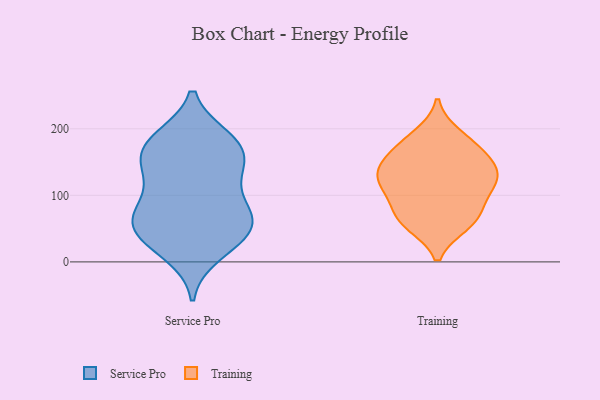
{"axis": {"x": "Temperature (°C)", "y": "Value"}, "legend": ["Service Pro", "Training"], "data": [{"x": "", "y": 168, "type": "Service Pro"}, {"x": "", "y": 125, "type": "Service Pro"}, {"x": "", "y": 39, "type": "Service Pro"}, {"x": "", "y": 81, "type": "Service Pro"}, {"x": "", "y": 78, "type": "Service Pro"}, {"x": "", "y": 13, "type": "Service Pro"}, {"x": "", "y": 148, "type": "Service Pro"}, {"x": "", "y": 180, "type": "Service Pro"}, {"x": "", "y": 60, "type": "Service Pro"}, {"x": "", "y": 182, "type": "Service Pro"}, {"x": "", "y": 127, "type": "Service Pro"}, {"x": "", "y": 67, "type": "Service Pro"}, {"x": "", "y": 30, "type": "Service Pro"}, {"x": "", "y": 185, "type": "Service Pro"}, {"x": "", "y": 64, "type": "Service Pro"}, {"x": "", "y": 44, "type": "Service Pro"}, {"x": "", "y": 154, "type": "Service Pro"}, {"x": "", "y": 177, "type": "Training"}, {"x": "", "y": 57, "type": "Training"}, {"x": "", "y": 122, "type": "Training"}, {"x": "", "y": 130, "type": "Training"}, {"x": "", "y": 165, "type": "Training"}, {"x": "", "y": 190, "type": "Training"}, {"x": "", "y": 137, "type": "Training"}, {"x": "", "y": 63, "type": "Training"}, {"x": "", "y": 155, "type": "Training"}, {"x": "", "y": 61, "type": "Training"}, {"x": "", "y": 79, "type": "Training"}, {"x": "", "y": 133, "type": "Training"}, {"x": "", "y": 110, "type": "Training"}, {"x": "", "y": 104, "type": "Training"}]}